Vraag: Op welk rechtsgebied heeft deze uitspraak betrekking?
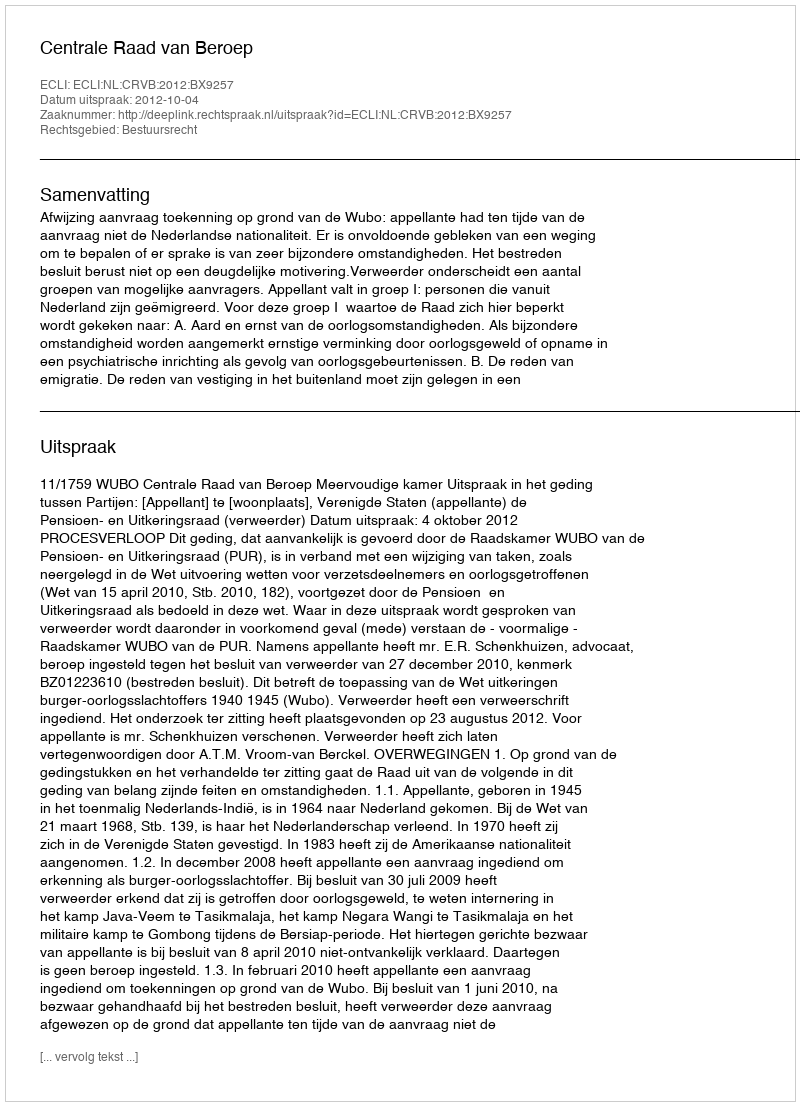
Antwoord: Bestuursrecht